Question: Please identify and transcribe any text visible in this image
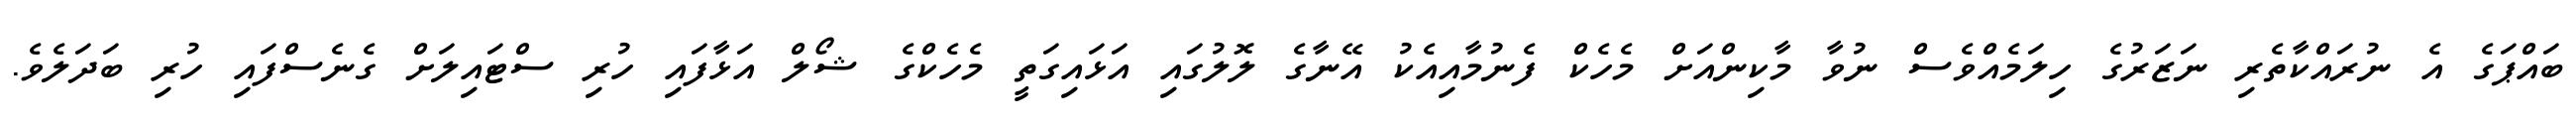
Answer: ބައްޕަގެ އެ ނުރައްކާތެރި ނަޒަރުގެ ހިލަމެއްވެސް ނުވާ މާކިންއަށް މެހެކް ފެނުމާއިއެކު އޭނާގެ ލޮލުގައި އަޅައިގަތީ މެހެކްގެ ޝޯލް އަޅާފައި ހުރި ސްޓައިލަށް ގެނެސްފައި ހުރި ބަދަލެވެ.